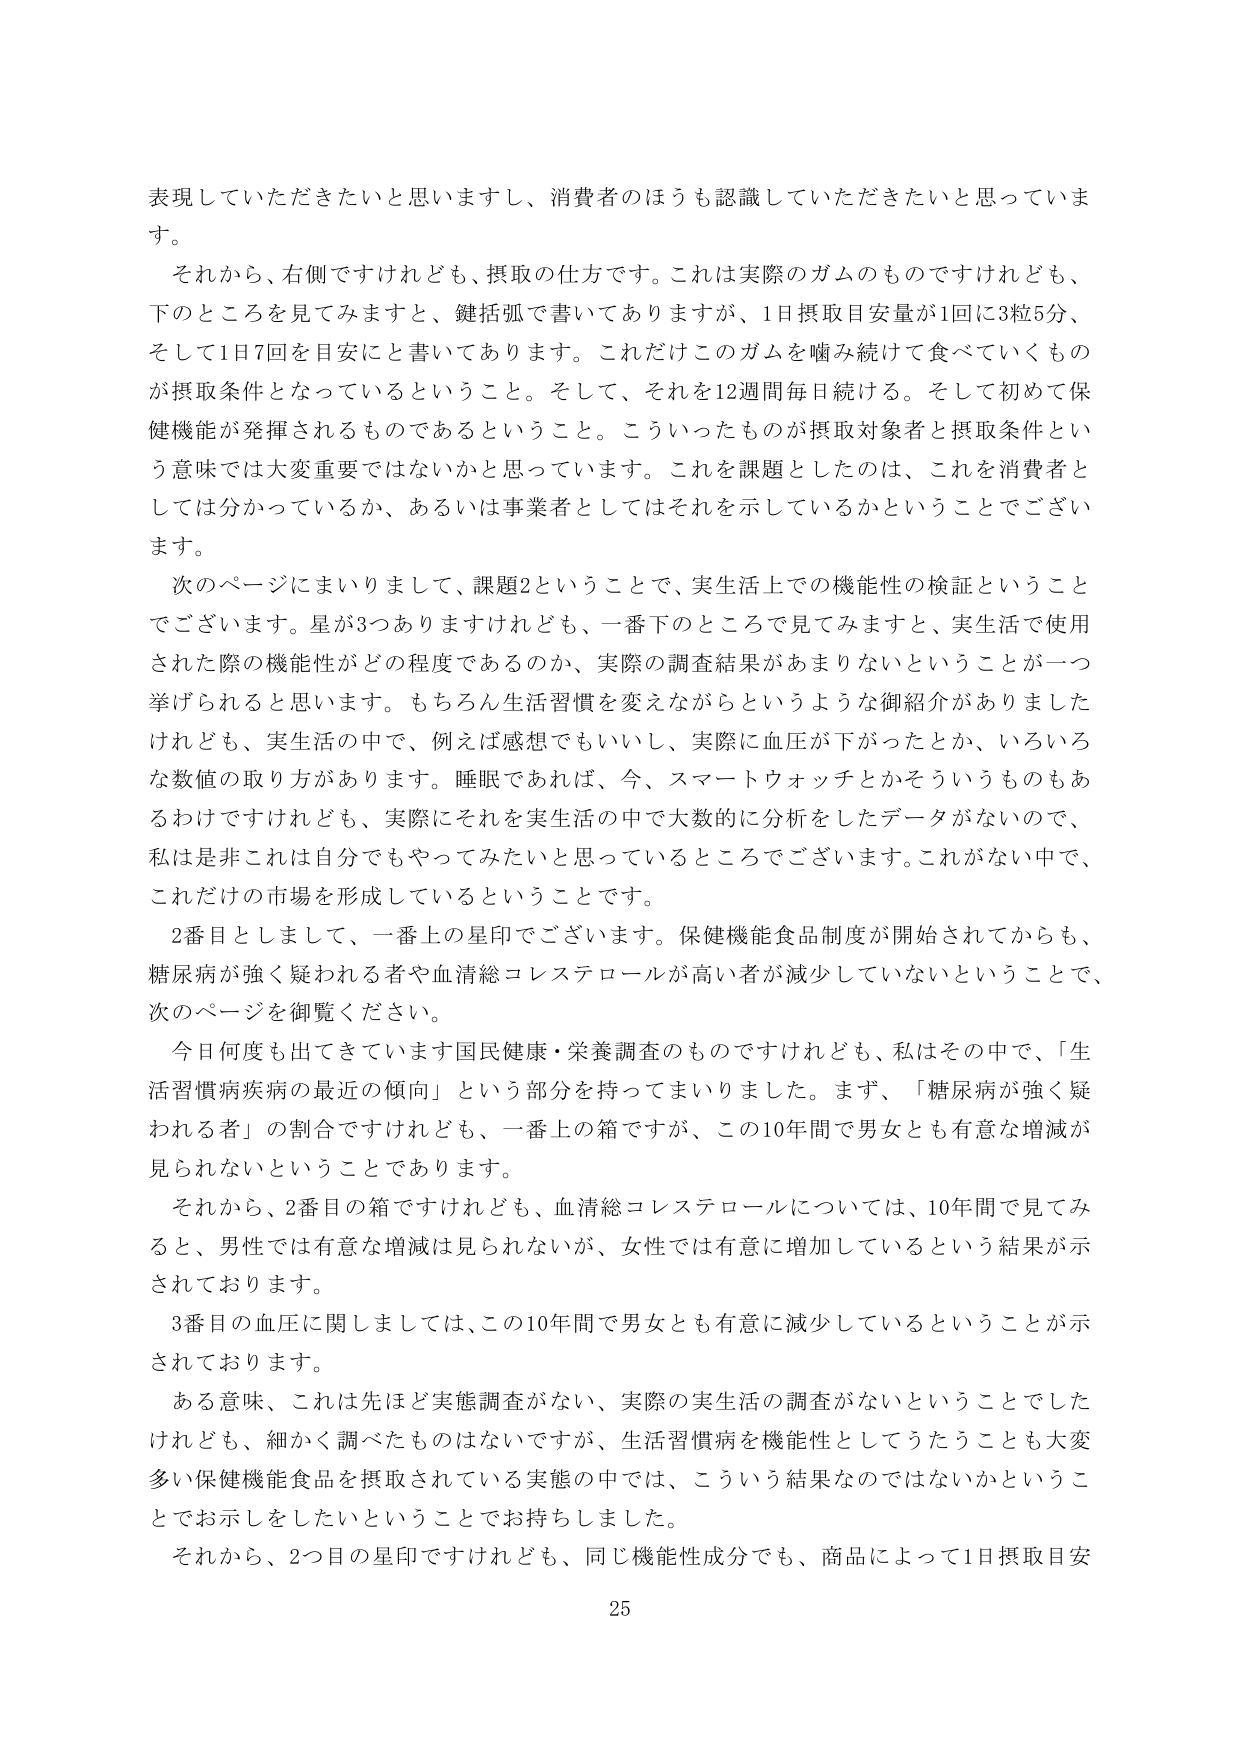
表現していただきたいと思いますし、消費者のほうも認識していただきたいと思っています。
それから、右側ですけれども、摂取の仕方です。これは実際のガムのものですけれども、
下のところを見てみますと、鍵括弧で書いてありますが、1日摂取目安量が1回に3粒5分、
そして1日7回を目安にと書いてあります。これだけこのガムを噛み続けて食べていくものが摂取条件となっているということ。そして、それを12週間毎日続ける。そして初めて保健機能が発揮されるものであるということ。こういったものが摂取対象者と摂取条件という意味では大変重要ではないかと思っています。これを課題としたのは、これを消費者としては分かっているか、あるいは事業者としてはそれを示しているかということでございます。
次のページにまいりまして、課題2ということで、実生活上での機能性の検証ということでございます。星が3つありますけれども、一番下のところで見てみますと、実生活で使用された際の機能性がどの程度であるのか、実際の調査結果があまりないということが一つ挙げられると思います。もちろん生活習慣を変えながらというような御紹介がありましたけれども、実生活の中で、例えば感想でもいいし、実際に血圧が下がったとか、いろいろな数値の取り方があります。睡眠であれば、今、スマートウォッチとかそういうものもあるわけですがけれども、実際にそれを実生活の中で大数的に分析をしたデータがないので、私は是非これは自分でもやってみたいと思っているところでございます。これがない中で、これだけの市場を形成しているということです。
2番目としまして、一番上の星印でございます。保健機能食品制度が開始されてからも、糖尿病が強く疑われる者や血清総コレステロールが高い者が減少していないということで、次のページを御覧ください。
今日何度も出てきております国民健康・栄養調査のものですけれども、私はその中で、「生活習慣病疾病の最近の傾向」という部分を持ってまいりました。まず、「糖尿病が強く疑われる者」の割合ですけれども、一番上の箱ですが、この10年間で男女とも有意な増減が見られないということであります。
それから、2番目の箱ですけれども、血清総コレステロールについては、10年間で見てみると、男性では有意な増減は見られないが、女性では有意に増加しているという結果が示されております。
3番目の血圧に関しましては、この10年間で男女とも有意に減少しているということが示されております。
ある意味、これは先ほど実態調査がない、実際の実生活の調査がないということでしたけれども、細かく調べたものはないですが、生活習慣病を機能性としてうたうことも大変多い保健機能食品を摂取されている実態の中では、こういう結果なのではないかということでお示しをしたいということでお持ちしました。
それから、2つ目の星印ですけれども、同じ機能性成分でも、商品によって1日摂取目安
25